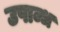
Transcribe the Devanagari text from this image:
उपाब्ध